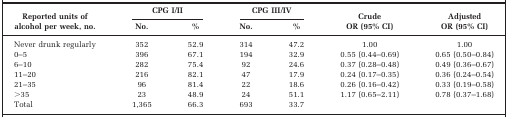
<table><thead><tr><td rowspan="2"><b>Reported units of alcohol per week, no.</b></td><td colspan="2"><b>CPG I/II</b></td><td colspan="2"><b>CPG III/IV</b></td><td rowspan="2"><b>Crude OR (95% CI)</b></td><td rowspan="2"><b>Adjusted OR (95% CI)</b></td></tr><tr><td><b>No.</b></td><td><b>%</b></td><td><b>No.</b></td><td><b>%</b></td></tr></thead><tbody><tr><td>Never drunk regularly</td><td>352</td><td>52.9</td><td>314</td><td>47.2</td><td>1.00</td><td>1.00</td></tr><tr><td>0–5</td><td>396</td><td>67.1</td><td>194</td><td>32.9</td><td>0.55 (0.44–0.69)</td><td>0.65 (0.50–0.84)</td></tr><tr><td>6–10</td><td>282</td><td>75.4</td><td>92</td><td>24.6</td><td>0.37 (0.28–0.48)</td><td>0.49 (0.36–0.67)</td></tr><tr><td>11–20</td><td>216</td><td>82.1</td><td>47</td><td>17.9</td><td>0.24 (0.17–0.35)</td><td>0.36 (0.24–0.54)</td></tr><tr><td>21–35</td><td>96</td><td>81.4</td><td>22</td><td>18.6</td><td>0.26 (0.16–0.42)</td><td>0.33 (0.19–0.58)</td></tr><tr><td>&gt;35</td><td>23</td><td>48.9</td><td>24</td><td>51.1</td><td>1.17 (0.65–2.11)</td><td>0.78 (0.37–1.68)</td></tr><tr><td>Total</td><td>1,365</td><td>66.3</td><td>693</td><td>33.7</td><td></td><td></td></tr></tbody></table>